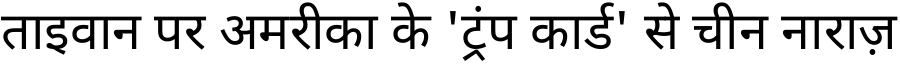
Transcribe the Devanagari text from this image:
ताइवान पर अमरीका के 'ट्रंप कार्ड' से चीन नाराज़